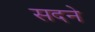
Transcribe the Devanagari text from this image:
सदने